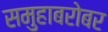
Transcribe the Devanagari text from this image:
समुहाबरोबर